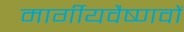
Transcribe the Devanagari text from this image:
मार्गीयवैष्णवों